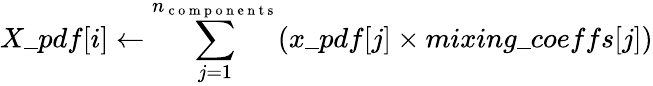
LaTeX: X\_ pdf[i]\leftarrow\sum_{j=1}^{n_{\mathrm{~c~o~m~p~o~n~e~n~t~s~}}}(x\_ pdf[j]\times mixing\_ coeffs[j])